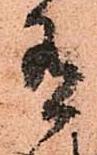
有